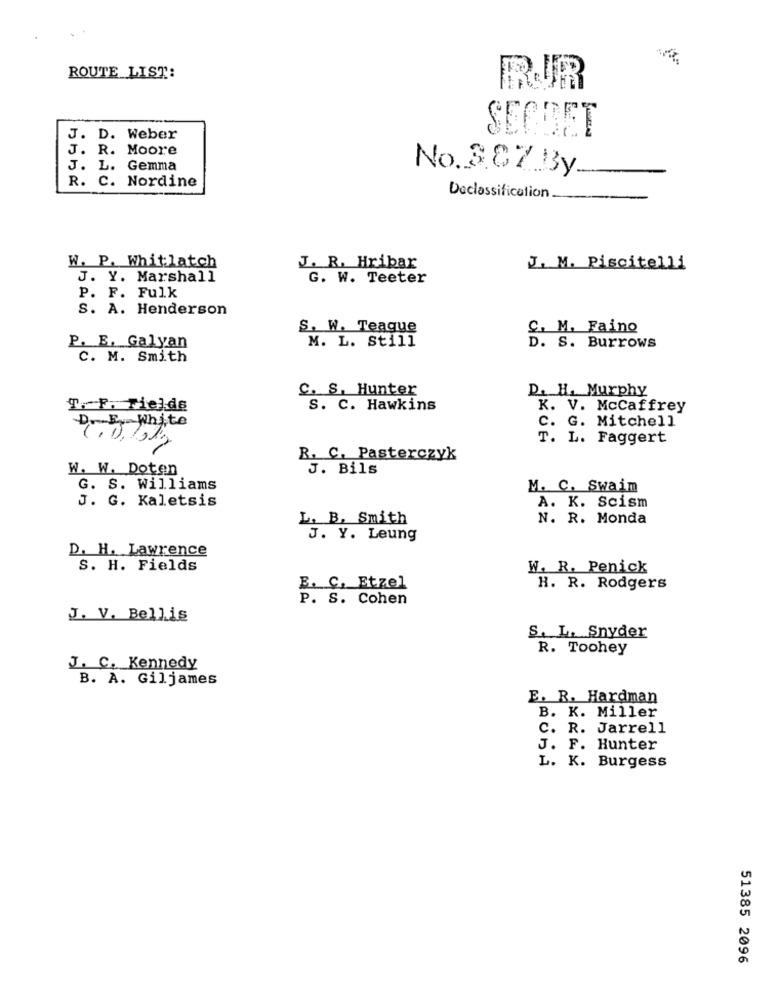
ROUTE LIST:
RUR
SECBET
J. D. Weber
J. R. Moore
J. L. Gemma
R. C. Nordine
No.3.87 By
Declassification
W. P. Whitlatch
J. R. Hribar
J. M. Piscitelli
J. Y. Marshall
G. W. Teeter
P. F. Fulk
S. A. Henderson
S. W. Teague
C. M. Faino
M. L. Still
P. E. Galyan
D. S. Burrows
C. M. Smith
C. S. Hunter
D. H. Murphy
T. F. Fields
S. C. Hawkins
K. V. McCaffrey
D. E. White
C. G. Mitchell
T. L. Faggert
R. C. Pasterczyk
W. W. Doten
J. Bils
G. S. Williams
M. C. Swaim
J. G. Kaletsis
A. K. Scism
L. B. Smith
N. R. Monda
J. Y. Leung
D. H. Lawrence
S. H. Fields
W. R. Penick
B. C, Etzel
H. R. Rodgers
P. S. Cohen
J. V. Bellis
S. L. Snyder
R. Toohey
J. C. Kennedy
B. A. Giljames
E. R. Hardman
B. K. Miller
C. R. Jarrell
J. F. Hunter
L. K. Burgess
51385 2096